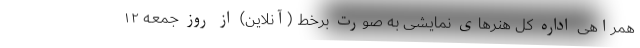
همراهی اداره کل هنرهای نمایشی به صورت برخط (آنلاین) از روز جمعه ۱۲